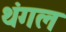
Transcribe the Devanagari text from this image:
थंगल